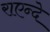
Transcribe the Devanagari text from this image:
राएन्दे